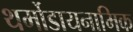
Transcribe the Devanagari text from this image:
थर्मोडायनामिक